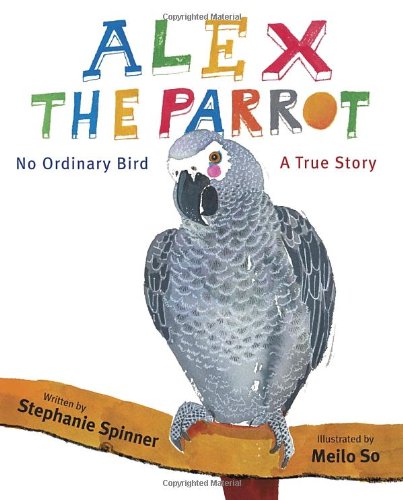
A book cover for Alex the Parrot: No Ordinary Bird: A True Story; Stephanie Spinner; Children's Books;